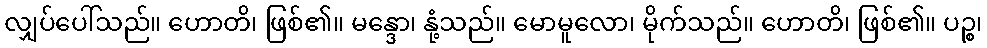
လျှပ်ပေါ်သည်။ ဟောတိ၊ ဖြစ်၏။ မန္ဒော၊ နုံ့သည်။ မောမူလော၊ မိုက်သည်။ ဟောတိ၊ ဖြစ်၏။ ပဉ္စ၊